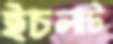
ইচলাট